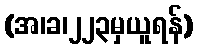
(အ၊ခ၊၂၂၃မှယူရန်)